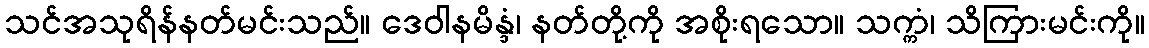
သင်အသုရိန်နတ်မင်းသည်။ ဒေဝါနမိန္ဒံ၊ နတ်တို့ကို အစိုးရသော။ သက္ကံ၊ သိကြားမင်းကို။